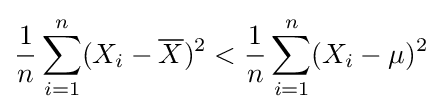
{\frac {1}{n}}\sum _{i=1}^{n}(X_{i}-{\overline {X}})^{2}<{\frac {1}{n}}\sum _{i=1}^{n}(X_{i}-\mu )^{2}